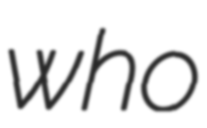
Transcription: who